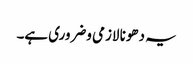
یہ دھونا لازمی وضروری ہے۔